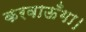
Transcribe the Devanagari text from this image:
करवाऊँगा।